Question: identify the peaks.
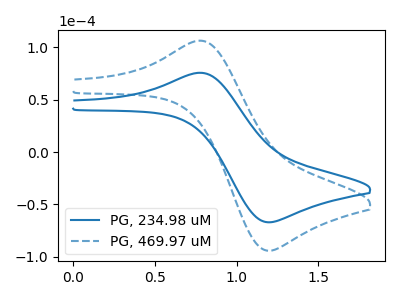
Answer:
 <answer>The blue curve "PG, 234.98 uM" has an anodic peak at (0.80V, 75.50uA) and a cathodic peak at (1.20V, -67.00uA). The blue dashed curve "PG, 469.97 uM" has an anodic peak at (0.80V, 106.10uA) and a cathodic peak at (1.20V, -94.15uA).</answer>
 <eval></eval>